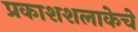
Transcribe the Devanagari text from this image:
प्रकाशशलाकेचे